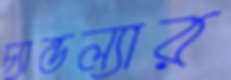
চ্যান্ডল্যার